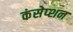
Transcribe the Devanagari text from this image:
कंसेप्शन